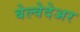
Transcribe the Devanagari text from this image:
बेल्वेदेअर